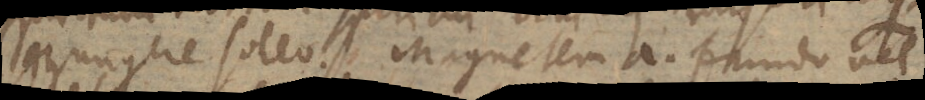
conjungere soleo. Magnetem a. fundo vel